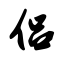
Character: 侣